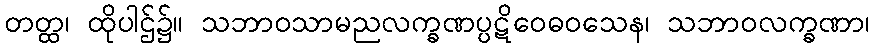
တတ္ထ၊ ထိုပါဌ်၌။ သဘာဝသာမညလက္ခဏပ္ပဋိဝေဓဝသေန၊ သဘာဝလက္ခဏာ၊